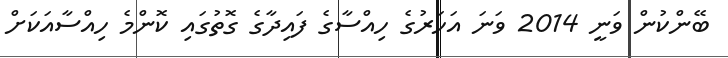
ބޭންކުން ވަނީ 2014 ވަަނަ އަހަރުގެ ހިއްސާގެ ފައިދާގެ ގޮތުގައި ކޮންމެ ހިއްސާއަކަށް